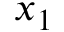
x _ { 1 }